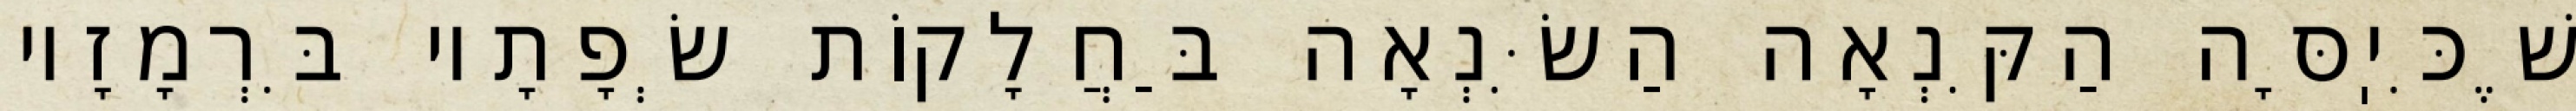
שֶׁכִּיֽסָּה הַקִּנְאָה הַשִּׂנְאָה בַּחֲלָקוֹת שְׂפָתָיו בִּרְמָזָיו